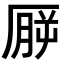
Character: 𪠒